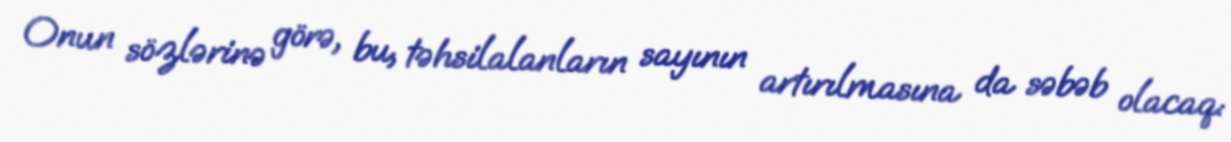
Onun sözlərinə görə, bu, təhsilalanların sayının artırılmasına da səbəb olacaq: